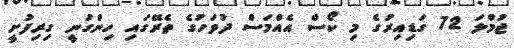
ޖުމްލަ 72 ގަޑިއިރުގެ މި ކޯސް އެއްމަސް ދުވަހުގެ ތެރޭގައި ހިންގުނީ ގިރިފުށީ